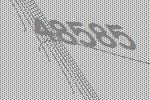
48585